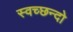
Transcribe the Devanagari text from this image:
स्वच्छन्दो